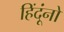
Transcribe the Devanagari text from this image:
हिंदूंनो